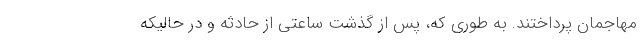
مهاجمان پرداختند. به طوری که، پس از گذشت ساعتی از حادثه و در حالیکه